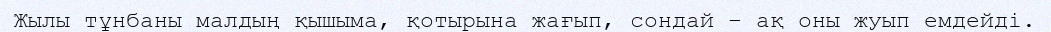
Жылы тұнбаны малдың қышыма, қотырына жағып, сондай – ақ оны жуып емдейді.